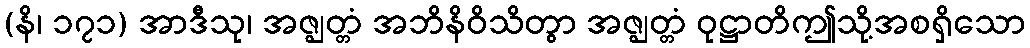
(နိ၊ ၁၇၁) အာဒီသု၊ အဇ္ဈတ္တံ အဘိနိဝိသိတွာ အဇ္ဈတ္တံ ဝုဋ္ဌာတိဤသို့အစရှိသော